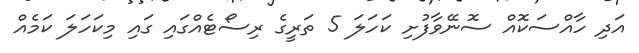
އަދި ހާއްސަކޮއް ސޮނޭވާފުށި ކަހަލަ 5 ތަރީގެ ރިސޯޓެއްގައި ގައި މިކަހަލަ ކަމެއް